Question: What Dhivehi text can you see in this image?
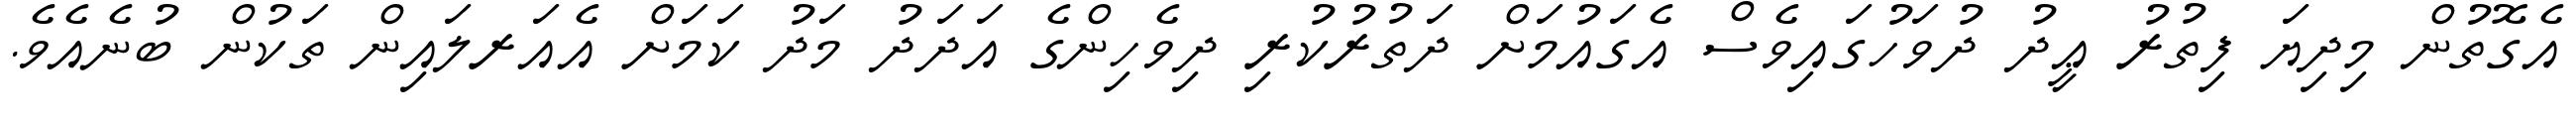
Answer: އެގޮތުން މިދިޔަ ފިތުރު ޢީދު ދުވަހުގައިވެސް އެގައުމަށް ދަތުރުކުރި ދިވެހިންގެ އަދަދު މަދު ކަމަށް އެއަރލައިން ތަކުން ބުނެއެވެ.